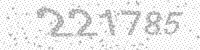
Solution: 221785